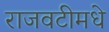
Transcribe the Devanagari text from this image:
राजवटीमधे